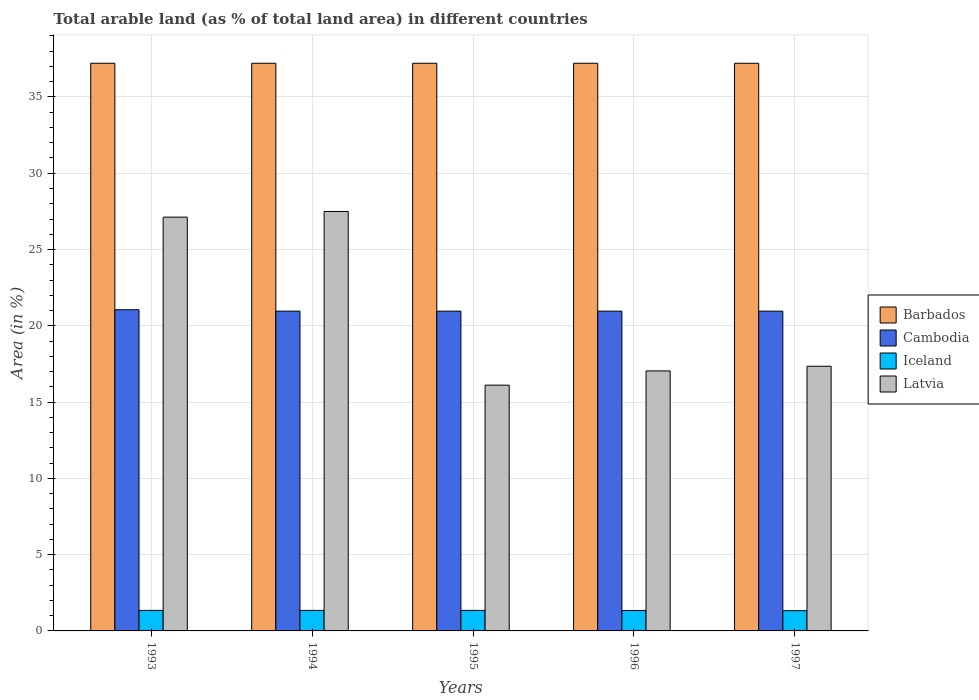
| Years | Barbados | Cambodia | Iceland | Latvia |
 | --- | --- | --- | --- | --- |
 | 1993 | 37.2 | 21.1 | 1.35 | 27.1 |
 | 1994 | 37.2 | 21 | 1.35 | 27.5 |
 | 1995 | 37.2 | 21 | 1.35 | 16.1 |
 | 1996 | 37.2 | 21 | 1.34 | 17 |
 | 1997 | 37.2 | 21 | 1.33 | 17.3 |